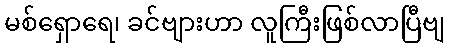
မစ်ရှောရေ၊ ခင်ဗျားဟာ လူကြီးဖြစ်လာပြီဗျ